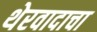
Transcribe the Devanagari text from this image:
थेरवादाचा